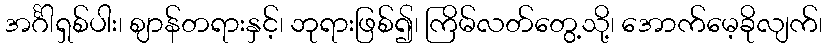
အင်္ဂါရှစ်ပါး၊ ဈာန်တရားနှင့်၊ ဘုရားဖြစ်၍၊ ကြိမ်လတ်တွေ့သို့၊ အောက်မေ့ခိုလျက်၊